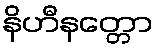
နိဟီနတ္တော